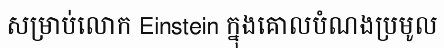
សម្រាប់លោក Einstein ក្នុងគោលបំណងប្រមូល